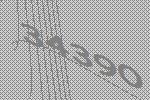
34390